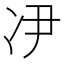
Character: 𫥃